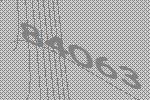
84063